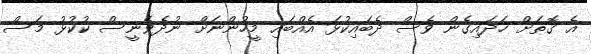
އެ ގޮތަށް ހަދައިގެން ވެސް ދެބައިކުޅަ އެއްބައި މީހުންނަށް ނުދެވެނީސް ކުކުޅު މަސް